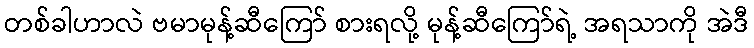
တစ်ခါဟာလဲ ဗမာမုန့်ဆီကြော် စားရလို့ မုန့်ဆီကြော်ရဲ့ အရသာကို အဲဒီ